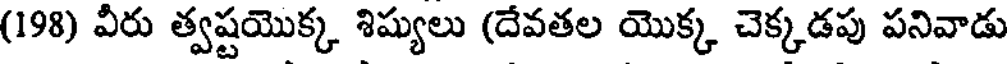
(198) వీరు త్వష్టయొక్క శిష్యులు (దేవతల యొక్క చెక్కడపు పనివాడు